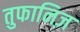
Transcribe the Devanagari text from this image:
तुफानिज़